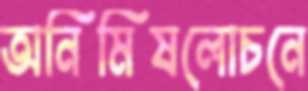
অনিমিষলোচনে